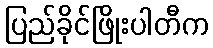
ပြည်ခိုင်ဖြိုးပါတီက